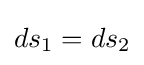
{ds_{1}}={ds_{2}}